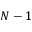
N - 1